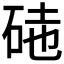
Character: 𥒃